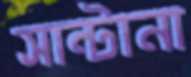
সান্টানা